Source: Handwritten
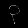
Digit: ၃ (3)